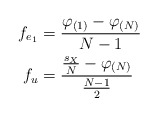
\begin{align*}f_{e_{1}} & =\frac{\varphi_{\left( 1\right) }-\varphi_{\left( N\right)}}{N-1}\\f_{u} & =\frac{\frac{s_{X}}{N}-\varphi_{\left( N\right) }}{\frac{N-1}{2}}\end{align*}